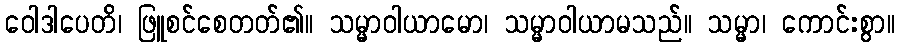
ဝေါဒါပေတိ၊ ဖြူစင်စေတတ်၏။ သမ္မာဝါယာမော၊ သမ္မာဝါယာမသည်။ သမ္မာ၊ ကောင်းစွာ။